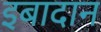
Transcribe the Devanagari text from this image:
इबादान